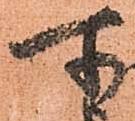
所